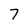
Character: 7